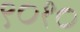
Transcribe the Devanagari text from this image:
९०१०